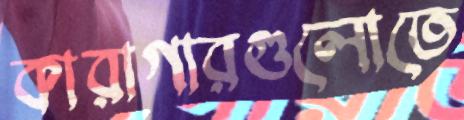
কারাগারগুলোতে